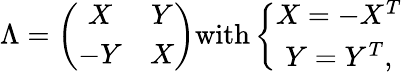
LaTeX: \Lambda=\left(\begin{array}{cc}{{X}}&{{Y}}\\ {{-Y}}&{{X}}\end{array}\right)\textrm{with}\left\{ \begin{array}{c}{{X=-X^{T}}}\\ {{Y=Y^{T},}}\end{array}\right.